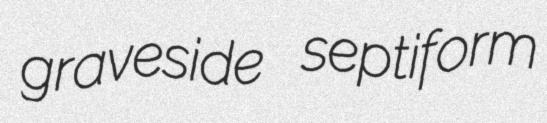
graveside septiform